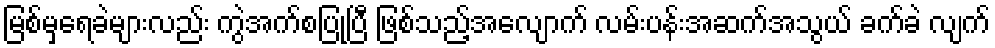
မြစ်မှရေခဲများလည်း ကွဲအက်စပြုပြီ ဖြစ်သည့်အလျောက် လမ်းပန်းအဆက်အသွယ် ခက်ခဲ လျက်